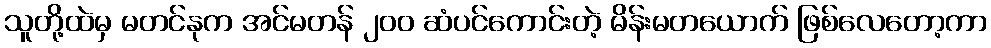
သူတို့ထဲမှ မတင်နုက အင်မတန် ၂၀၀ ဆံပင်ကောင်းတဲ့ မိန်းမတယောက် ဖြစ်လေတော့ကာ